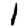
Digit: 1